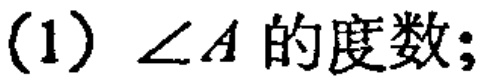
(1)$\angle A$的度数;